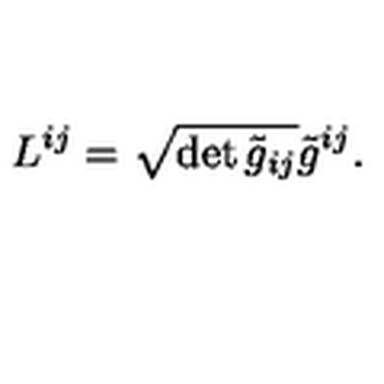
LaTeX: L ^ { i j } = \sqrt { \det { \tilde { g } _ { i j } } } \tilde { g } ^ { i j } .